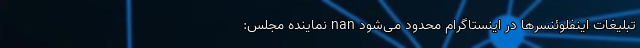
تبلیغات اینفلوئنسرها در اینستاگرام محدود می‌شود nan نماینده مجلس: